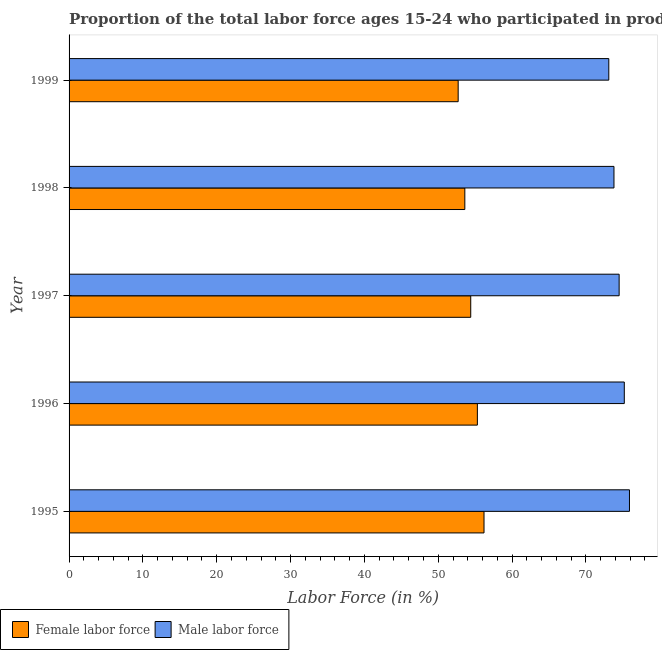
| Year | Female labor force | Male labor force |
 | --- | --- | --- |
 | 1995 | 56.2 | 75.9 |
 | 1996 | 55.3 | 75.2 |
 | 1997 | 54.4 | 74.5 |
 | 1998 | 53.6 | 73.8 |
 | 1999 | 52.7 | 73.1 |